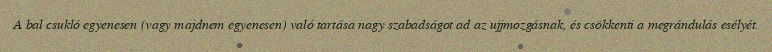
A bal csukló egyenesen (vagy majdnem egyenesen) való tartása nagy szabadságot ad az ujjmozgásnak, és csökkenti a megrándulás esélyét.